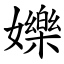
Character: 㜰